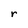
Character: r